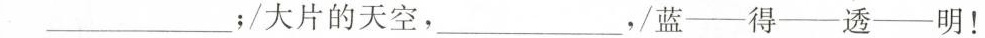
___；/大片的天空，___，/蓝——得——透——明！